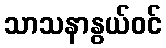
သာသနာနွယ်ဝင်